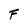
Character: F